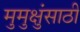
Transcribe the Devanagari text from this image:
मुमुक्षुंसाठी